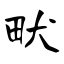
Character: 畎